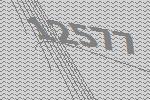
12577